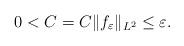
LaTeX: \begin{align*}0 < C = C\|f_{\varepsilon}\|_{L^2} \leq \varepsilon. \end{align*}